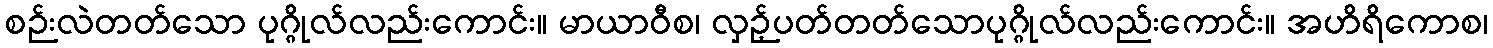
စဉ်းလဲတတ်သော ပုဂ္ဂိုလ်လည်းကောင်း။ မာယာဝီစ၊ လှဉ့်ပတ်တတ်သောပုဂ္ဂိုလ်လည်းကောင်း။ အဟိရိကောစ၊